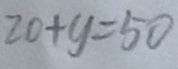
2 0 + y = 5 0